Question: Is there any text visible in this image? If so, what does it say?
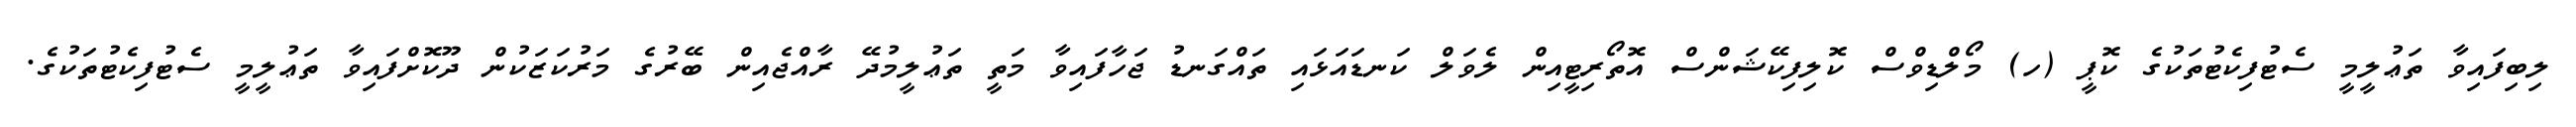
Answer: ލިބިފައިވާ ތަޢުލީމީ ސެޓުފިކެޓުތަކުގެ ކޮޕީ (ހ) މޯލްޑިވްސް ކޮލިފިކޭޝަންސް އޮތޯރިޓީއިން ލެވަލް ކަނޑައަޅައި ތައްގަނޑު ޖަހާފައިވާ މަތީ ތަޢުލީމުދޭ ރާއްޖެއިން ބޭރުގެ މަރުކަޒަކުން ދޫކޮށްފައިވާ ތަޢުލީމީ ސެޓުފިކެޓުތަކުގެ.